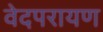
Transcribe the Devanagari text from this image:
वेदपरायण